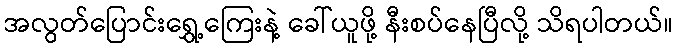
အလွတ်ပြောင်းရွှေ့ကြေးနဲ့ ခေါ်ယူဖို့ နီးစပ်နေပြီလို့ သိရပါတယ်။